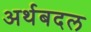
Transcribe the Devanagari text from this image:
अर्थबदल